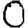
Digit: 0